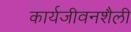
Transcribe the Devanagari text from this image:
कार्यजीवनशैली